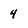
Character: 4